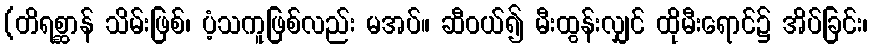
(တိရစ္ဆာန် သိမ်းဖြစ်၊ ပံ့သကူဖြစ်လည်း မအပ်။ ဆီဝယ်၍ မီးထွန်းလျှင် ထိုမီးရောင်၌ အိပ်ခြင်း၊